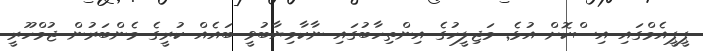
ޕީޕީއެމްގައި އިސްކޮށް އުޅެ